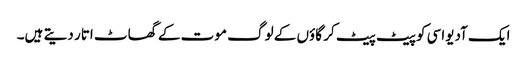
ایک آدیواسی کو پیٹ پیٹ کر گاؤں کے لوگ موت کے گھاٹ اتار دیتے ہیں۔